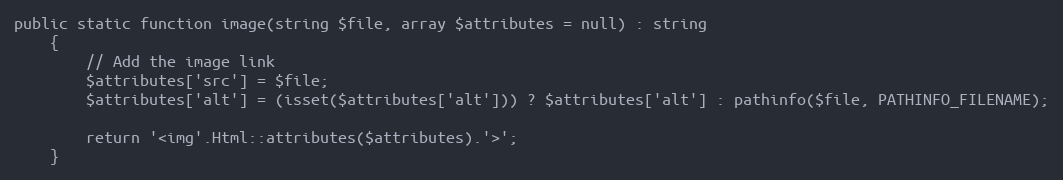
Language: PHP
public static function image(string $file, array $attributes = null) : string
    {
        // Add the image link
        $attributes['src'] = $file;
        $attributes['alt'] = (isset($attributes['alt'])) ? $attributes['alt'] : pathinfo($file, PATHINFO_FILENAME);

        return '<img'.Html::attributes($attributes).'>';
    }